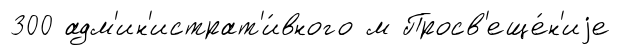
300 адм'ин'истрат'и́вного м Просв'еще́н'иjе